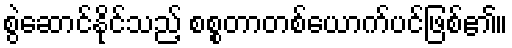
စွဲဆောင်နိုင်သည့် စစ္စတာတစ်ယောက်ပင်ဖြစ်၏။